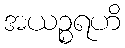
အယဉ္စရဟိ